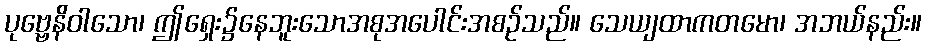
ပုဗ္ဗေနိဝါသော၊ ဤရှေး၌နေဘူးသောအစုအပေါင်းအစဉ်သည်။ သေယျထာကတမော၊ အဘယ်နည်း။